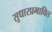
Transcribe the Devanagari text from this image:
सुधारप्रभावित